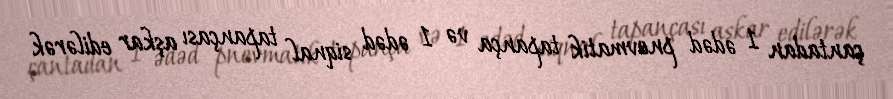
çantadan 1 ədəd pnevmatik tapança və 1 ədəd siqnal tapançası aşkar edilərək